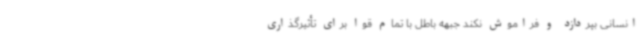
انسانی بپردازد و فراموش نکند جبهه باطل با تمام قوا برای تأثیرگذاری